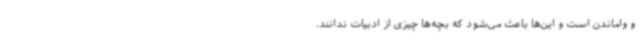
و واماندن است و این‌ها باعث می‌شود که بچه‌ها چیزی از ادبیات ندانند.